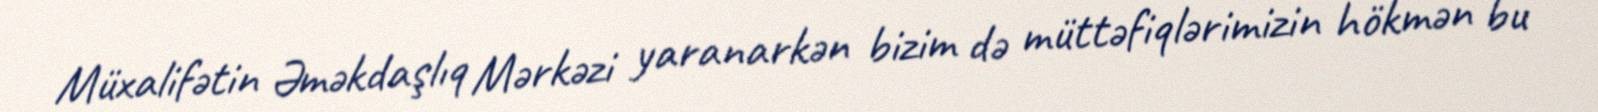
Müxalifətin Əməkdaşlıq Mərkəzi yaranarkən bizim də müttəfiqlərimizin hökmən bu